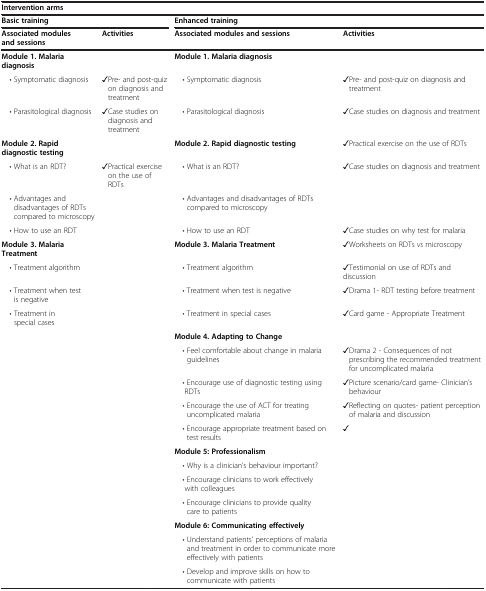
| <COLSPAN=4> Intervention arms |
 | <COLSPAN=2> Basic training | <COLSPAN=2> Enhanced training |
 | Associated modules and sessions | Activities | Associated modules and sessions | Activities |
 | --- | --- | --- | --- |
 | Module 1. Malaria diagnosis |  | Module 1. Malaria diagnosis |  |
 | • Symptomatic diagnosis | ✓Pre- and post-quiz on diagnosis and treatment | • Symptomatic diagnosis | ✓Pre- and post-quiz on diagnosis and treatment |
 | • Parasitological diagnosis | ✓Case studies on diagnosis and treatment | • Parasitological diagnosis | ✓Case studies on diagnosis and treatment |
 | Module 2. Rapid diagnostic testing |  | Module 2. Rapid diagnostic testing | ✓Practical exercise on the use of RDTs |
 | • What is an RDT? | ✓Practical exercise on the use of RDTs | • What is an RDT? | ✓Case studies on diagnosis and treatment |
 | • Advantages and disadvantages of RDTs compared to microscopy |  | • Advantages and disadvantages of RDTs compared to microscopy |  |
 | • How to use an RDT |  | • How to use an RDT | ✓Case studies on why test for malaria |
 | Module 3. Malaria Treatment |  | Module 3. Malaria Treatment | ✓Worksheets on RDTs vs microscopy |
 | • Treatment algorithm |  | • Treatment algorithm | ✓Testimonial on use of RDTs and discussion |
 | • Treatment when test is negative |  | • Treatment when test is negative | ✓Drama 1- RDT testing before treatment |
 | • Treatment in special cases |  | • Treatment in special cases | ✓Card game - Appropriate Treatment |
 |  |  | Module 4. Adapting to Change |  |
 |  |  | • Feel comfortable about change in malaria guidelines | ✓Drama 2 - Consequences of not prescribing the recommended treatment for uncomplicated malaria |
 |  |  | • Encourage use of diagnostic testing using RDTs | ✓Picture scenario/card game- Clinician’s behaviour |
 |  |  | • Encourage the use of ACT for treating uncomplicated malaria | ✓Reflecting on quotes- patient perception of malaria and discussion |
 |  |  | • Encourage appropriate treatment based on test results | ✓ |
 |  |  | Module 5: Professionalism |  |
 |  |  | • Why is a clinician’s behaviour important? |  |
 |  |  | • Encourage clinicians to work effectively with colleagues |  |
 |  |  | • Encourage clinicians to provide quality care to patients |  |
 |  |  | Module 6: Communicating effectively |  |
 |  |  | • Understand patients’ perceptions of malaria and treatment in order to communicate more effectively with patients |  |
 |  |  | • Develop and improve skills on how to communicate with patients |  |